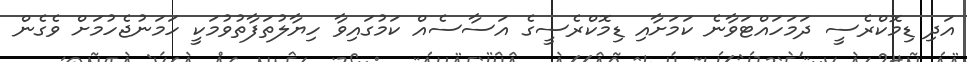
އަދި ޑިމޮކްރެސީ ދަމަހައްޓަވާނެ ކަމަށާއި ޑިމޮކްރެސީގެ އަސާސެއް ކަމުގައިވާ ހިޔާލުތަފާތުވުމަކީ ހަމަނުޖެހުމަށް ވެގެން